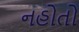
નહોતો